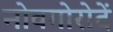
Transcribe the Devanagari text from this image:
नोवगोरोदें